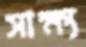
সাক্ষ্য